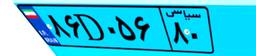
۲۶D۹۶۷۷۶